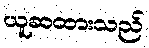
ယူဆထားသည်